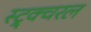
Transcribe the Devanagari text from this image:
स्ट्र्क्चरल